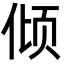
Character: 倾